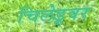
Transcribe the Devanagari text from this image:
चिलेडूवर